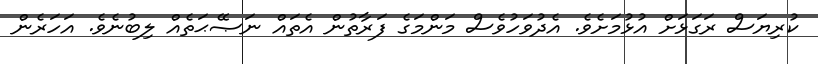
ކުރިޔަސް ރަގަޅަށް އުޅުމަށެވެ. އެދުވަހުވެސް މަންމަގެ ފަރާތުން އެތައް ނަޞޭޙަތެއް ލިބުނެވެ. އަހަރެން